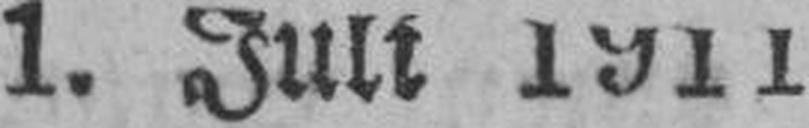
1. Juli 1911